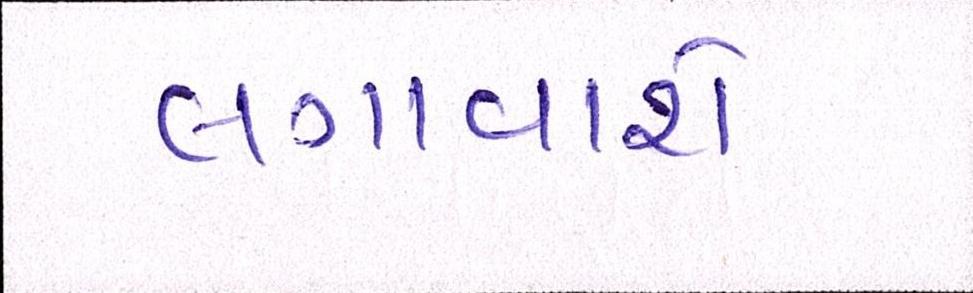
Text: લગાવાશે